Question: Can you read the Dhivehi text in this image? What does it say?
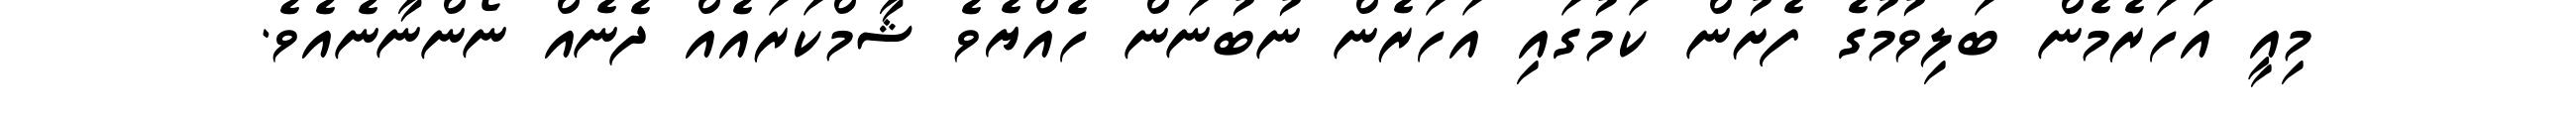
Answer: މިއީ އަހަރެމެން ބަލިވުމުގެ ފެށުން ކަމުގައި އަހަރެން ނުބުނަން ހެއްޔެވެ ޝާމްކަރައެއް ދެނެއް ނޯންނާނެއެވެ.